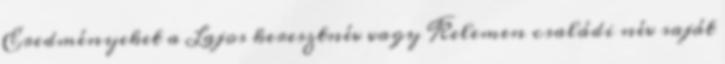
Eredményeket a Lajos keresztnév vagy Kelemen családi név saját